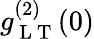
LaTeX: g_{\mathrm{~L~T~}}^{(2)}(0)